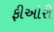
ફીઓરી